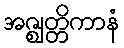
အဇ္ဈတ္တိကာနံ